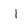
Character: I